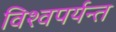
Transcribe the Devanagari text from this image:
विश्वपर्यन्त